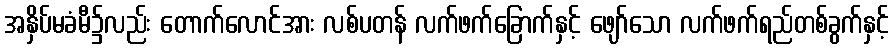
အနှိပ်မခံမီ၌လည်း တောက်လောင်အား လစ်ပတန် လက်ဖက်ခြောက်နှင့် ဖျော်သော လက်ဖက်ရည်တစ်ခွက်နှင့်